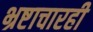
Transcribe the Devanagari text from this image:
भ्रष्टाचारही